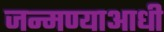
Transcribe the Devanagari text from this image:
जन्मण्याआधी